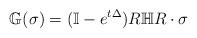
LaTeX: \begin{align*}{\mathbb G}(\sigma) = (\mathbb I-e^{t\Delta})R\mathbb H R\cdot\sigma\end{align*}